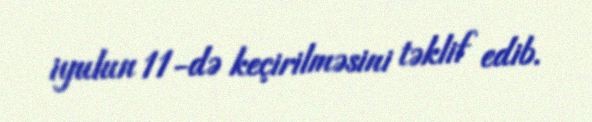
iyulun 11-də keçirilməsini təklif edib.